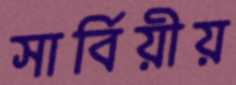
সার্বিয়ীয়